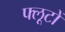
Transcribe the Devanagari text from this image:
फ्लूटों